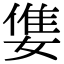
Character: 𡠓